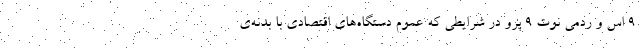
۹ اس و ردمی نوت ۹ پرو در شرایطی که عموم دستگاه‌های اقتصادی با بدنه‌ی